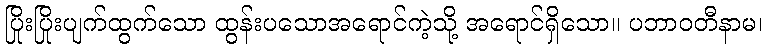
ပြိုးပြိုးပျက်ထွက်သော ထွန်းပသောအရောင်ကဲ့သို့ အရောင်ရှိသော။ ပဘာဝတီနာမ၊